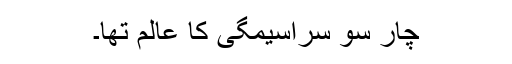
چار سو سراسیمگی کا عالم تھا۔